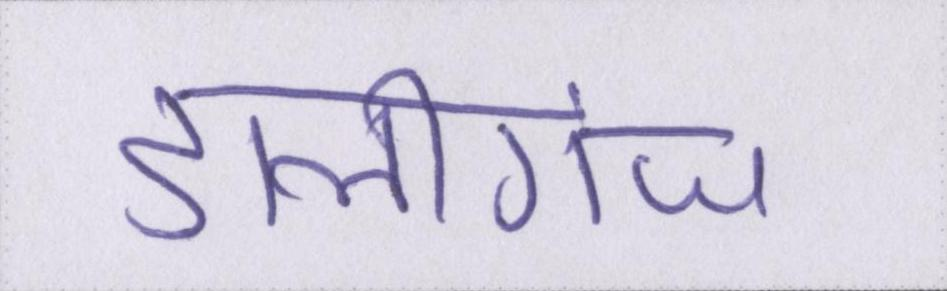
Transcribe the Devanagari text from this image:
डालीगंज